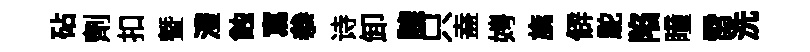
砧劑扣暨澧蝕寫叅诗卸諫只盍娉旐僻駝陷瞳雷洗